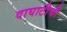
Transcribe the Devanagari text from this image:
वाघाटीची